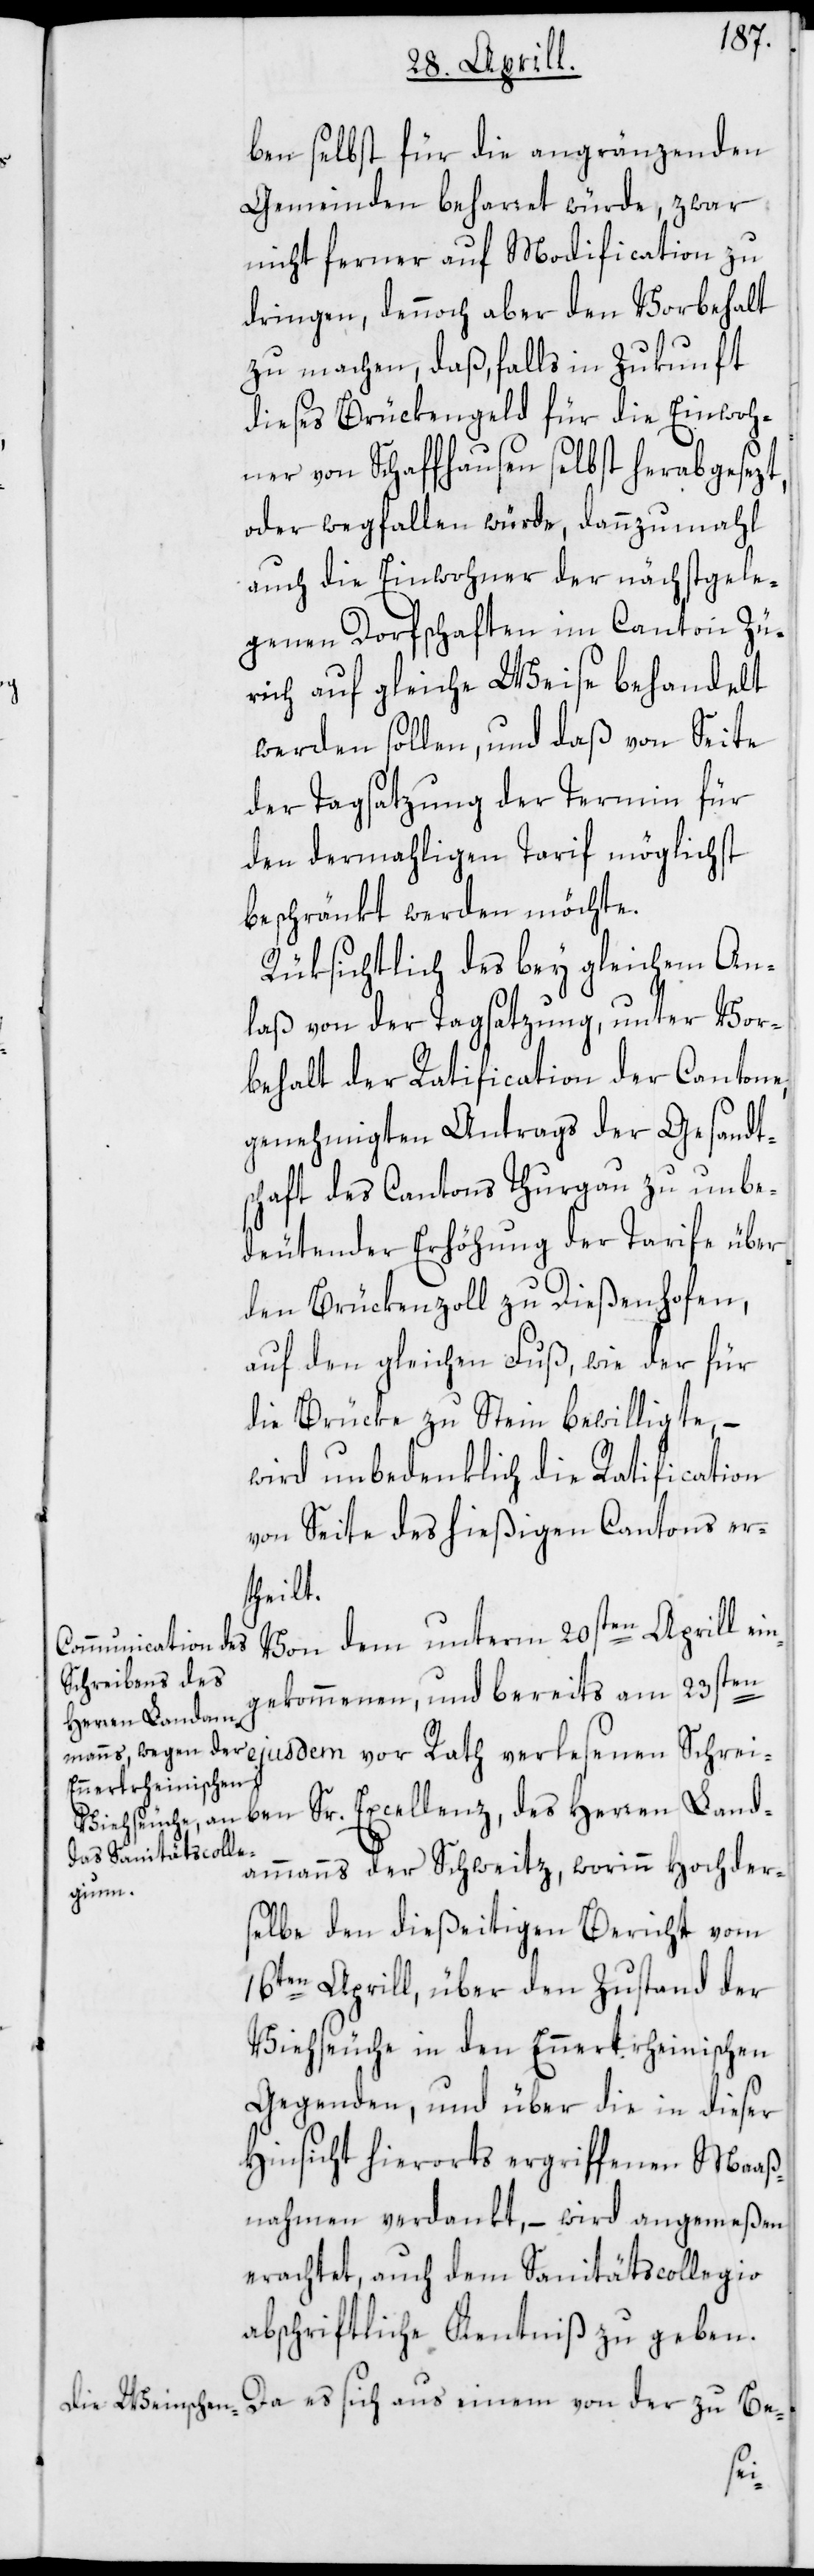
ben selbst für die angränzenden
Gemeinden beharret würde, zwar
nicht ferner auf Modification zu
dringen, dennoch aber den Vorbehalt
zu machen, daß, falls in Zukunft
dieses Brückengeld für die Einwoh¬
ner von Schaffhausen selbst herabgesezt,
oder wegfallen würde, dannzumahl
auch die Einwohner der nächstgele¬
genen Dorfschaften im Canton Zü¬
rich auf gleiche Weise behandelt
werden sollen, und daß von Seite
der Tagsatzung der Termin für
den dermahligen Tarif möglichst
beschränkt werden möchte.
Rüksichtlich des bey gleichem An¬
laß von der Tagsatzung, unter Vor¬
behalt der Ratification der Cantone,
genehmigten Antrags der Gesandt¬
schaft des Cantons Thurgau zu unbe¬
deutender Erhöhung der Tarife über
den Brückenzoll zu Dießenhofen,
auf den gleichen Fuß, wie der für
die Brücke zu Stein bewilligte, –
wird unbedenklich die Ratification
von Seite des hießigen Cantons er¬
theilt.
Von dem unterm 20sten Aprill ei¬
ngekommenen, und bereits am 23sten
Herren Landam¬
manns der Schweitz, worinn Hochder¬
selbe den dießeitigen Bericht vom
16ten Aprill, über den Zustand der
Viehseuche in den Ennertrheinischen
Gegenden, und über die in dieser
Hinsicht hierorts ergriffenen Maaß¬
nahmen verdankt, – wird angemeßen
erachtet, auch dem Sanitätscollegio
abschriftliche Kenntniß zu geben.
Da es sich aus einem von der zu Be-